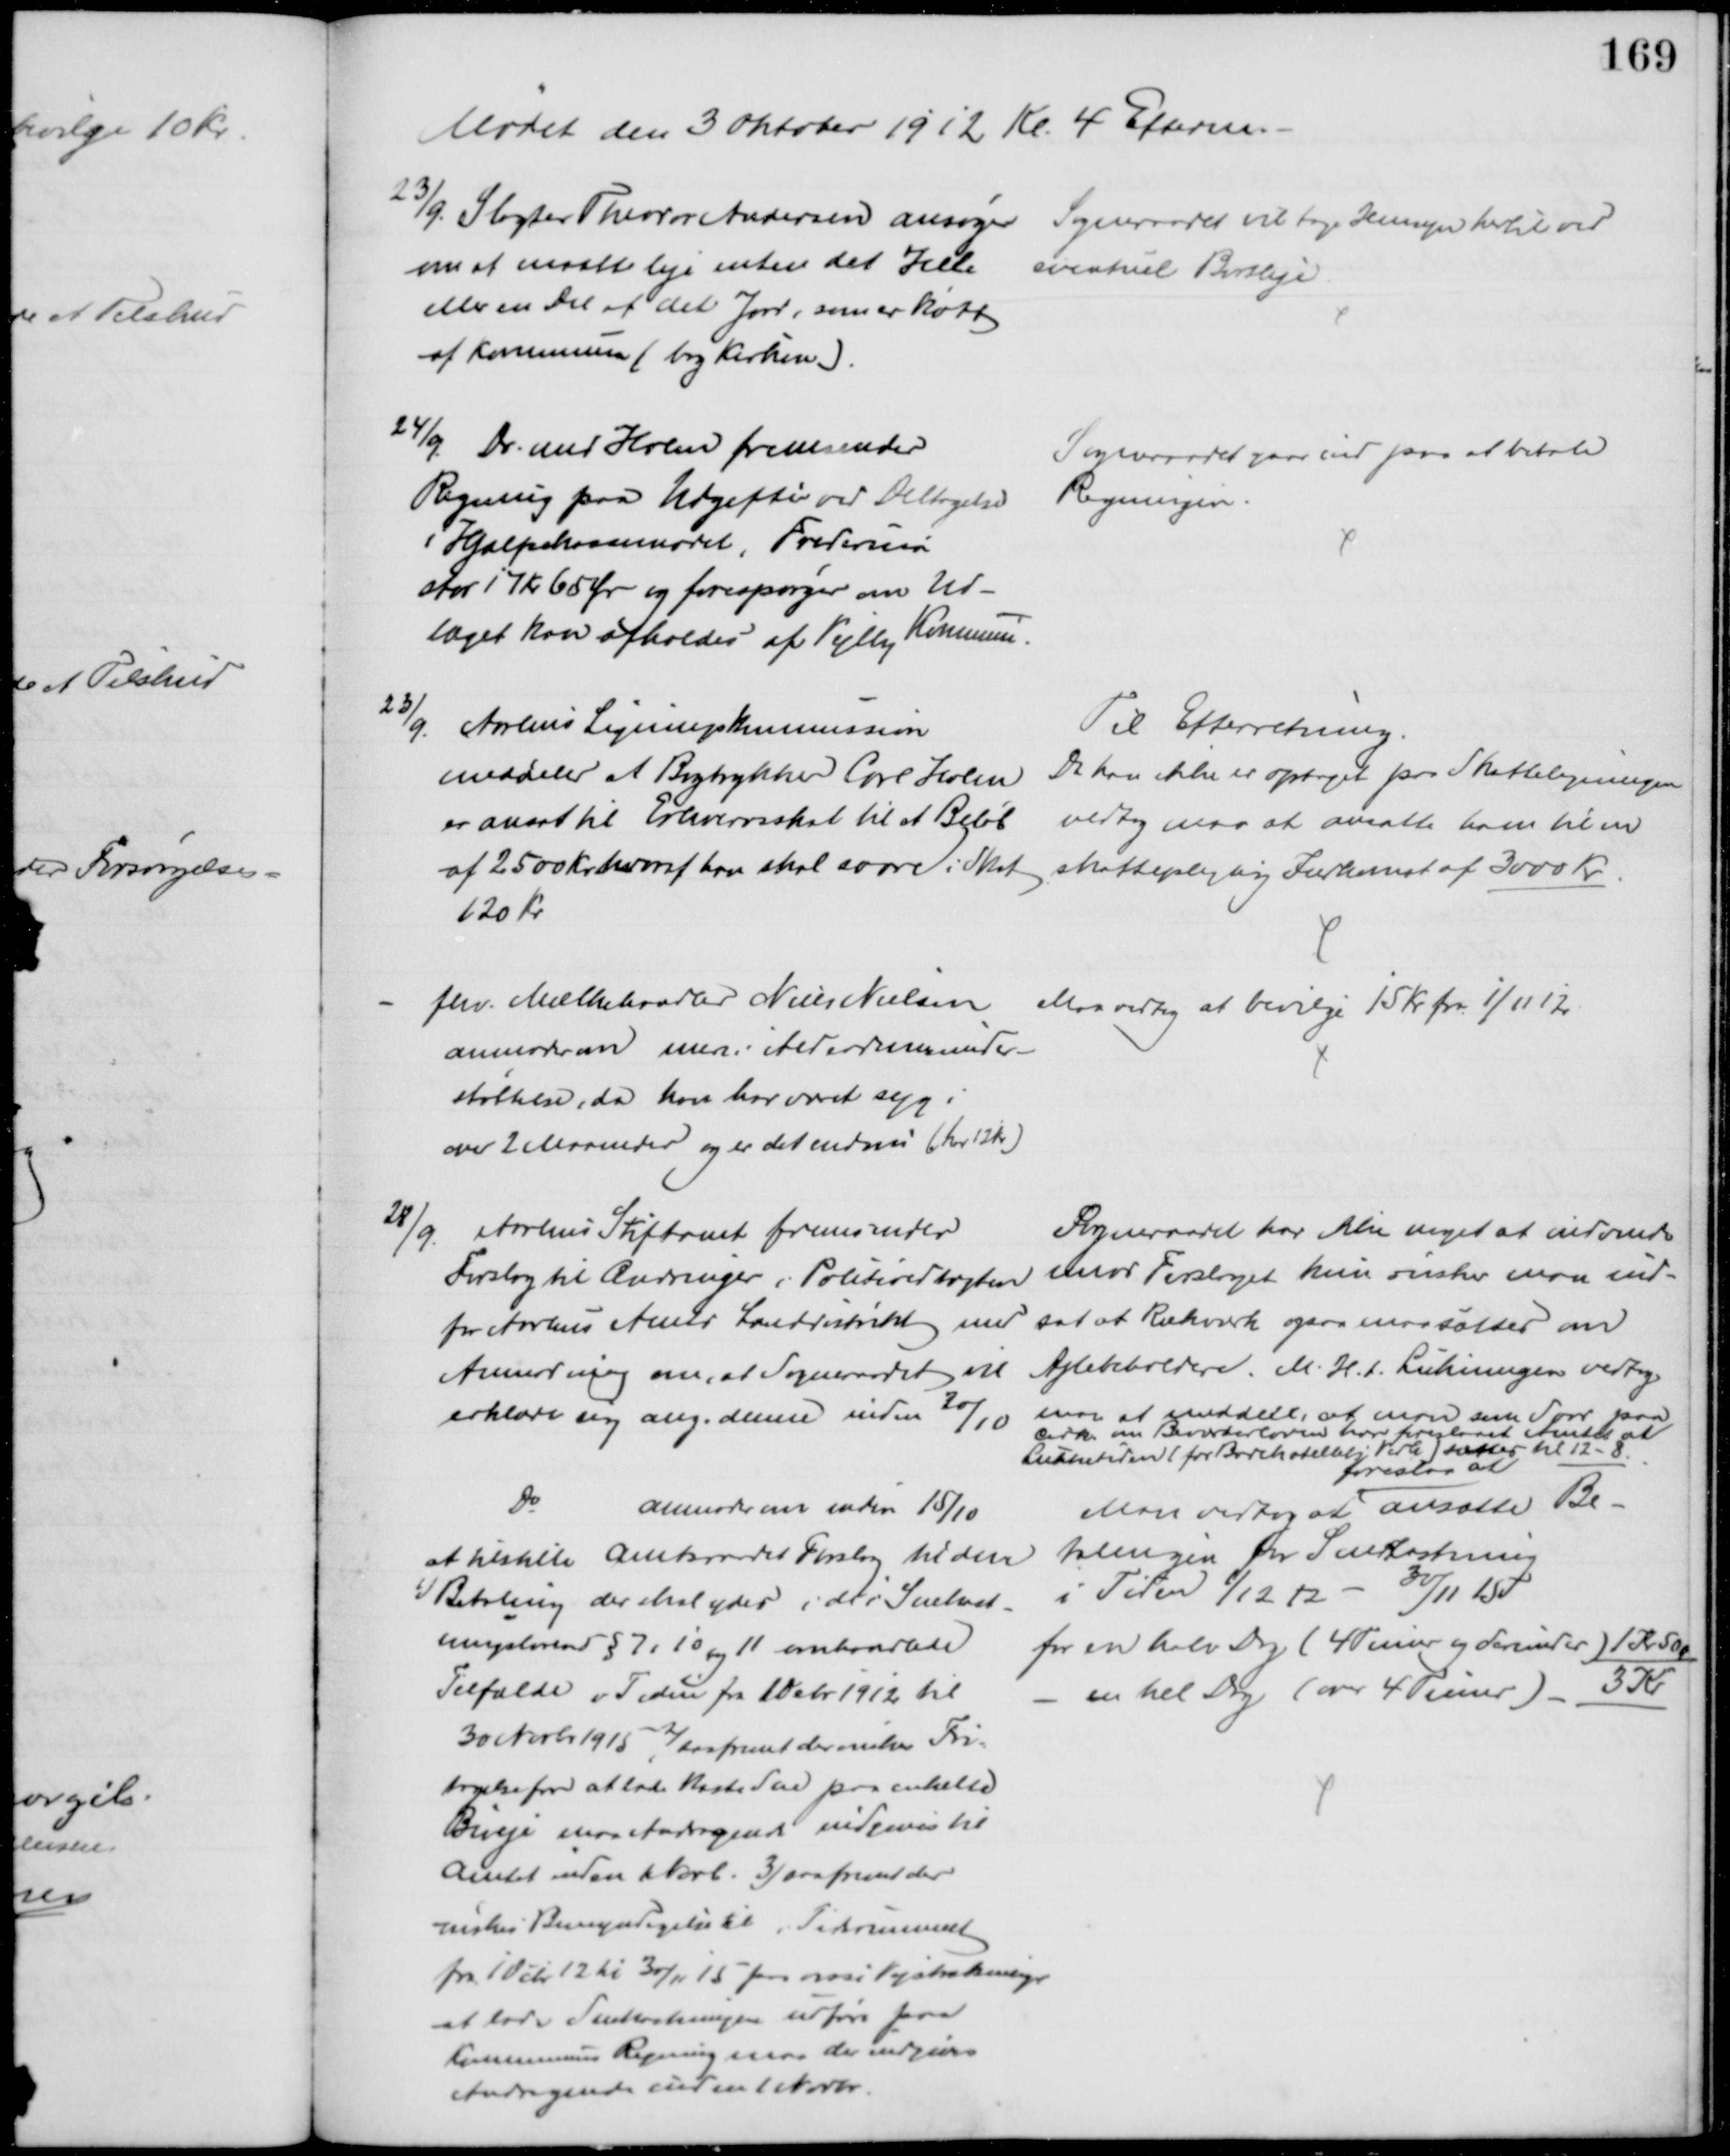
Transskription:
Mødet den 3 Oktober 1912 Kl. 4 Efterm.
23/9. Slagter Theodor Andersen ansøger 
om at maatte leje enten det Hele
eller en Del af det Jord, som er købt
af Kommunen (bag Kirken).
Sogneraadet vil tage Hensyn hertil ved
eventuel Bortleje
24/9 Dr. med Holm fremsender
Regning paa Udgifter ved Deltagelse
i Hjælpekassemødet, Fredericia
stor 17 kr 65 Ør og forespørger om Ud-
læget kan afholdes af Vejlby Kommune.
Sogneraadet gaar ind paa at betale
Regningen
23/9.
Aarhus Ligningskommission
meddeler at Bogtrykker Carl Holm
er ansat til Erhvervsskat til at Beløb
af 2500 Kr hvoraf han skal svare i Skat 
120 Kr
Til Efterretning.
Da han ikke er optaget paa Skatteligningen
vedtog man at ansætte ham til en 
skattepligtig Indkomst af 3000 Kr.
fhv. Mælkehandler Niels Nielsen
anmoder om mere i Alderdomsunder-
støttelse, da han har været syg i
over 2 Maaneder og er det endnu (har 12 Kr.)
Man vedtog at bevilge 15 Kr fra 1/11 12.
28/9.
Aarhus Stiftamt fremsender
Forslag til Ændringer i Politivedtægten
for Aarhus Amts Landdistrikt med
Anmodning om, at Sogneraadet vil
erklære sig ang. denne inden 20/10
Sogneraadet har ikke noget at indvende 
imod Forslaget kun ønsker man ind-
sat at Rækværk ogsaa maa sættes om
Ajlebeholdere. M. H. t. Lukningen vedtog
man at meddele, at man som Svar paa 
Cirk. om Beværterloven har foreslaaet Amtet at 
Lukketiden (for Badehotellets Vedk) sættes til 12 - 8
Do
anmoder om inden 15/10
at tilstille Amtsraadet Forslag til den
1) Betaling der skal ydes i de i Snekast-
ningsloven § 7, 10 og 11 omhandlede
Tilfælde i Tiden fra 1 Debr 1912 til
30 Novbr 1915, 2) saafremt der ønskes Fri=
tagelse for at lade kaste Sne paa enkelte
Biveje maa Andragende indgives til
Amtet inden 1 Novb. 3) saafremt der
ønskes Bemyndigelse til i Tidsrummet
fra 1 Dcbr 12 til 30/11 15 paa visse Vejstrækninger
at lade Snekastningen udføre paa
Kommunens Regning maa der indgives
Andragende inden 1 Novbr.
Man vedtog at 
foreslaa at
ansætte Be-
talingen for Snekastning
i Tiden 1/12 12 - 30/11 15
for en halv Dag (4 Timer og derunder) 1 Kr 50 Ør
en hel Dag (over 4 Timer).
3 Kr